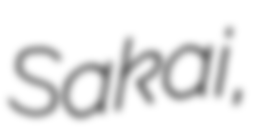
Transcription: Sakai,